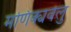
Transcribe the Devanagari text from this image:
मणिक्यवेलु